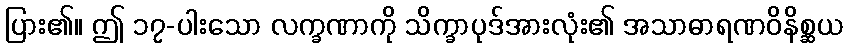
ပြား၏။ ဤ ၁၇-ပါးသော လက္ခဏာကို သိက္ခာပုဒ်အားလုံး၏ အသာဓာရဏဝိနိစ္ဆယ